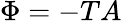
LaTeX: \Phi=-TA